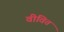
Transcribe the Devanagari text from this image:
वीवित